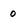
Character: 0